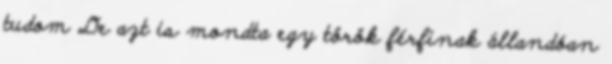
tudom De azt is mondta egy török férfinak állandóan